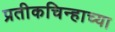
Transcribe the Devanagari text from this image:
प्रतीकचिन्हाच्या